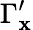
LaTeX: \Gamma_{\mathbf{x}}^{\prime}